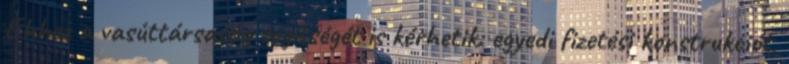
Ehhez a vasúttársaság segítségét is kérhetik: egyedi fizetési konstrukciót,